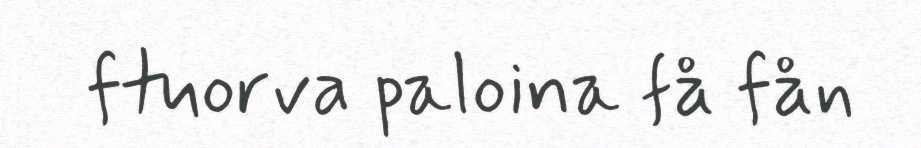
ftuorva paloina få fån